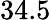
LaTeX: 34.5